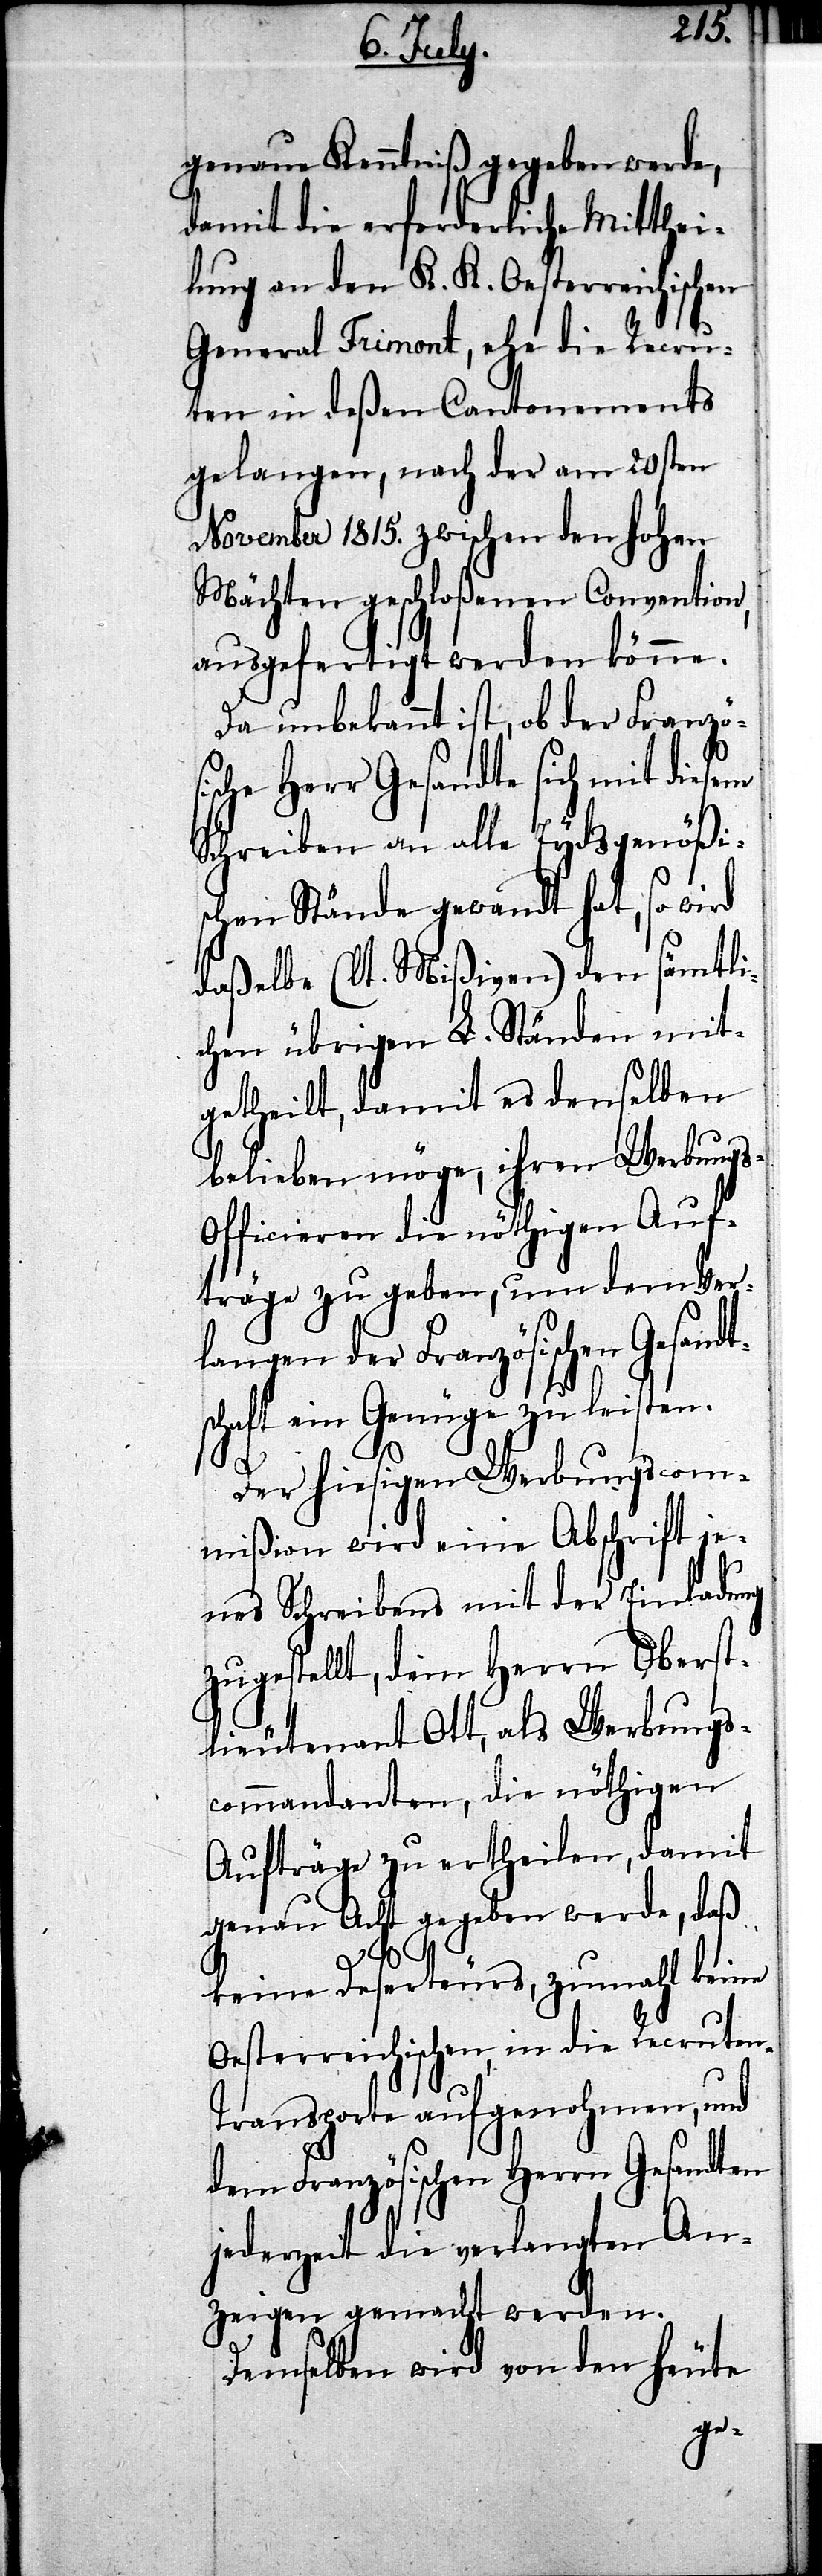
t¬
genaue Kenntniß gegeben werde,
damit die erforderliche Mitthei¬
lung an den K. K. Oesterreichischen
General Trimont, ehe die Recru¬
ten in deßen Cantonements
gelangen, nach der am 20ten
November 1815. zwischen den hohen
Mächten geschloßenen Convention,
ausgefertigt werden könne.
Da unbekannt ist, ob der Franzö¬
che Herr Gesandte sich mit diesem
Schreiben an alle Eydsgenößi¬
schen Stände gewandt hat, so wird
daßelbe (lt. Mißiven) den sämtli¬
chen übrigen L. Ständen mit¬
getheilt, damit es denselben
belieben möge, ihren Werbungs-O¬
fficieren die nöthigen Auf¬
träge zu geben, um dem Ver¬
langen der Französischen Gesand¬
schaft ein Genüge zu leisten.
Der hiesigen Werbungscom¬
mißion wird eine Abschrift je¬
nes Schreibens mit der Einladung
zugestellt, dem Herrn Oberst¬
lieutenant Ott, als Werbungs¬
commandanten, die nöthigen
Aufträge zu ertheilen, damit
genau Acht gegeben werde, daß
keine Deserteurs, zumahl keine
Oesterreichischen, in die Recruten-T¬
ransporte aufgenohmen, und
dem Französischen Herrn Gesandten
jederzeit die verlangten An¬
zeigen gemacht werden.
Demselben wird von den heute
sis¬